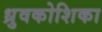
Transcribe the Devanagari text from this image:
ध्रुवकोशिका